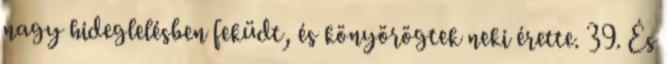
nagy hideglelésben feküdt, és könyörögtek neki érette. 39. És